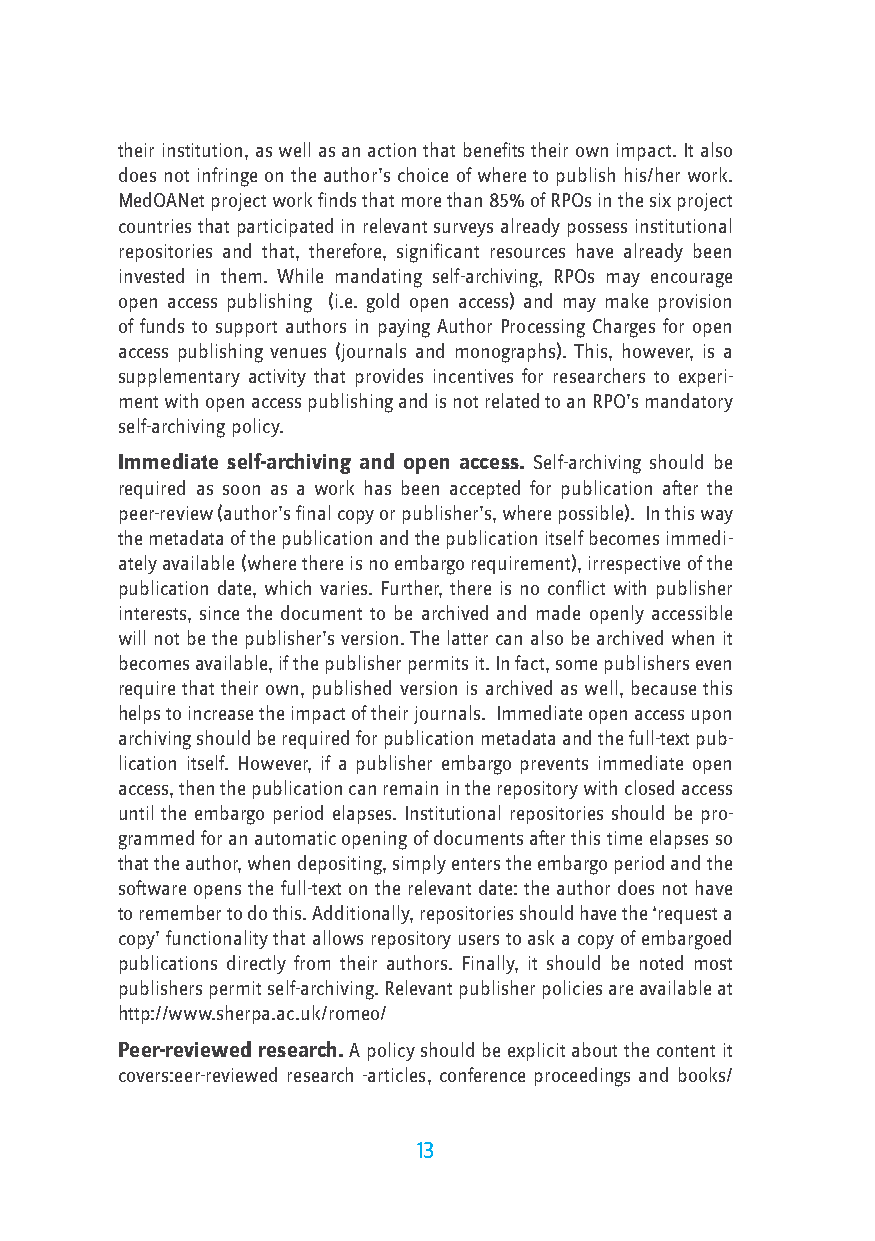
their institution, as well as an action that benefits their own impact. It also
 does not infringe on the author’s choice of where to publish his/her work.
 MedOANet project work finds that more than 85% of RPOs in the six project
 countries that participated in relevant surveys already possess institutional
 repositories and that, therefore, significant resources have already been
 invested in them. While mandating self-archiving, RPOs may encourage
 open access publishing (i.e. gold open access) and may make provision
 of funds to support authors in paying Author Processing Charges for open
 access publishing venues (journals and monographs). This, however, is a
 supplementary activity that provides incentives for researchers to experi-
 ment with open access publishing and is not related to an RPO’s mandatory
 self-archiving policy.
 Immediate self-archiving and open access. Self-archiving should be
 required as soon as a work has been accepted for publication after the
 peer-review (author’s final copy or publisher’s, where possible). In this way
 the metadata of the publication and the publication itself becomes immedi-
 ately available (where there is no embargo requirement), irrespective of the
 publication date, which varies. Further, there is no conflict with publisher
 interests, since the document to be archived and made openly accessible
 will not be the publisher’s version. The latter can also be archived when it
 becomes available, if the publisher permits it. In fact, some publishers even
 require that their own, published version is archived as well, because this
 helps to increase the impact of their journals. Immediate open access upon
 archiving should be required for publication metadata and the full-text pub-
 lication itself. However, if a publisher embargo prevents immediate open
 access, then the publication can remain in the repository with closed access
 until the embargo period elapses. Institutional repositories should be pro-
 grammed for an automatic opening of documents after this time elapses so
 that the author, when depositing, simply enters the embargo period and the
 software opens the full-text on the relevant date: the author does not have
 to remember to do this. Additionally, repositories should have the ‘request a
 copy’ functionality that allows repository users to ask a copy of embargoed
 publications directly from their authors. Finally, it should be noted most
 publishers permit self-archiving. Relevant publisher policies are available at
 http://www.sherpa.ac.uk/romeo/
 Peer-reviewed research. A policy should be explicit about the content it
 covers:eer-reviewed research -articles, conference proceedings and books/
 13